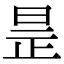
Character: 𣆞